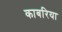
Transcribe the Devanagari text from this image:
काबरिया